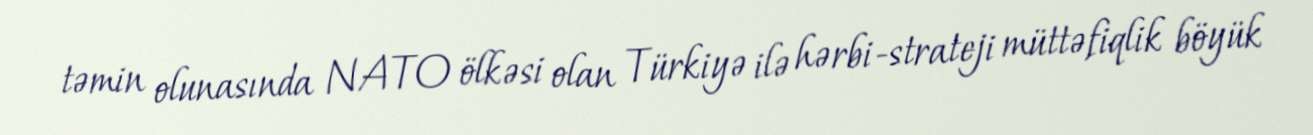
təmin olunasında NATO ölkəsi olan Türkiyə ilə hərbi-strateji müttəfiqlik böyük